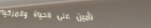
تأمين على الحياة والمركبا